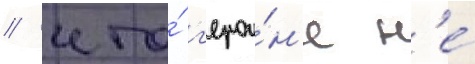
/ что́ г'ерои́н'е н'е́